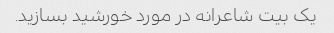
یک بیت شاعرانه در مورد خورشید بسازید.